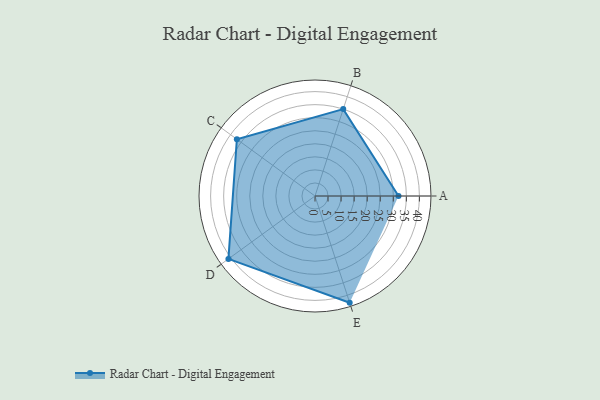
{"axis": {"x": "Skill", "y": "Score"}, "legend": ["Profile"], "data": [{"x": "A", "y": 32.0, "type": "Profile"}, {"x": "B", "y": 35.0, "type": "Profile"}, {"x": "C", "y": 37.0, "type": "Profile"}, {"x": "D", "y": 41.0, "type": "Profile"}, {"x": "E", "y": 43.0, "type": "Profile"}]}